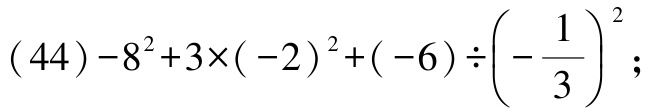
\((44)-8^{2}+3\times(-2)^{2}+(-6)\div\left(-\dfrac{1}{3}\right)^{2};\)